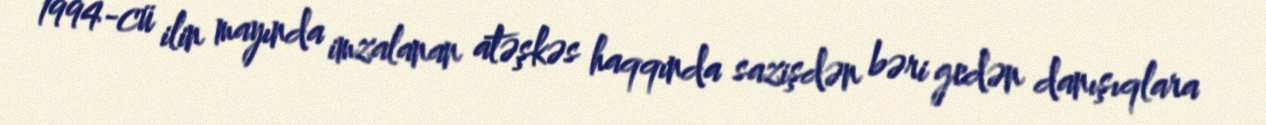
1994-cü ilin mayında imzalanan atəşkəs haqqında sazişdən bəri gedən danışıqlara